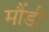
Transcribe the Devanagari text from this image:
मौंडी